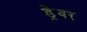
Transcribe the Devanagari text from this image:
ड्रेवर